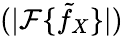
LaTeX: (|\mathcal F\{ \tilde{f}_{X}\} |)